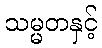
သမ္မတနှင့်